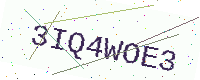
Text: 3IQ4WOE3